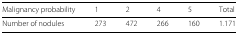
<table><thead><tr><td><b>Malignancy probability</b></td><td><b>1</b></td><td><b>2</b></td><td><b>4</b></td><td><b>5</b></td><td><b>Total</b></td></tr></thead><tbody><tr><td>Number of nodules</td><td>273</td><td>472</td><td>266</td><td>160</td><td>1.171</td></tr></tbody></table>